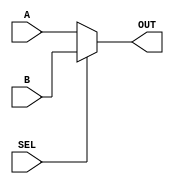
`timescale 1ns / 1ps
module MUX_2(A, B, OUT, SEL);
input signed [31:0]A;
input signed [31:0]B;
input SEL;
output signed [31:0]OUT;

assign OUT = SEL? B:A;

endmodule